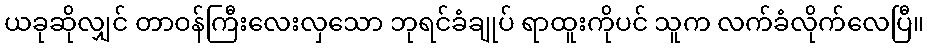
ယခုဆိုလျှင် တာဝန်ကြီးလေးလှသော ဘုရင်ခံချုပ် ရာထူးကိုပင် သူက လက်ခံလိုက်လေပြီ။